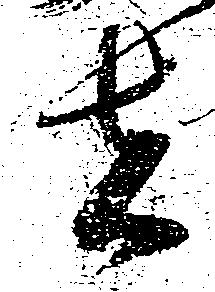
者